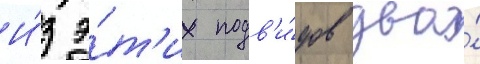
И́з э́т'их подв'и́дов два́